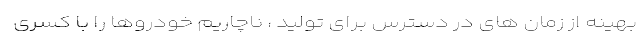
بهینه از زمان های در دسترس برای تولید ، ناچاریم خودروها را با کسری